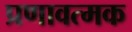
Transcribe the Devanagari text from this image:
प्रणावत्मक